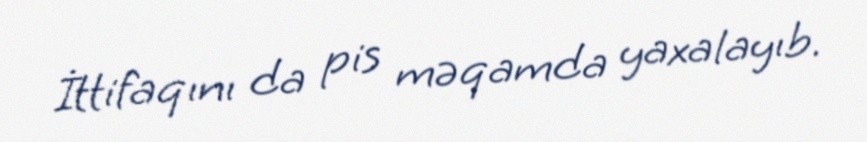
İttifaqını da pis məqamda yaxalayıb.